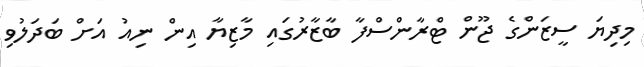
މިދިޔަ ސީޒަންގެ ޖޫން ޓްރާންސްފާ ބާޒާރުގައި މާޒިޔާ އިން ނިއު އަށް ބަދަލުވި